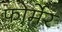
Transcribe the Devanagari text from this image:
फोर्मेर